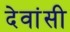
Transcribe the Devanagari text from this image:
देवांसी